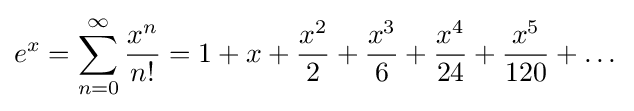
e^{x}=\sum _{n=0}^{\infty }{\frac {x^{n}}{n!}}=1+x+{\frac {x^{2}}{2}}+{\frac {x^{3}}{6}}+{\frac {x^{4}}{24}}+{\frac {x^{5}}{120}}+\dots